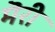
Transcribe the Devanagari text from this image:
मॆरी